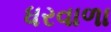
ધરવાળા